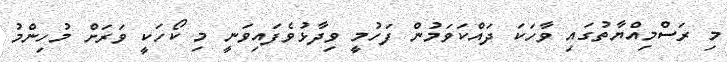
މި ރަސްމިއްޔާތުގައި ވާހަކަ ދައްކަވަމުން ފަހުމީ ވިދާޅުވެފައިވަނީ މި ކޯހަކީ ވަރަށް މުހިންމު